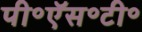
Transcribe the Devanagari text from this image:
पी॰ऍस॰टी॰